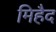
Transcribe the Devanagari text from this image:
मिहैद